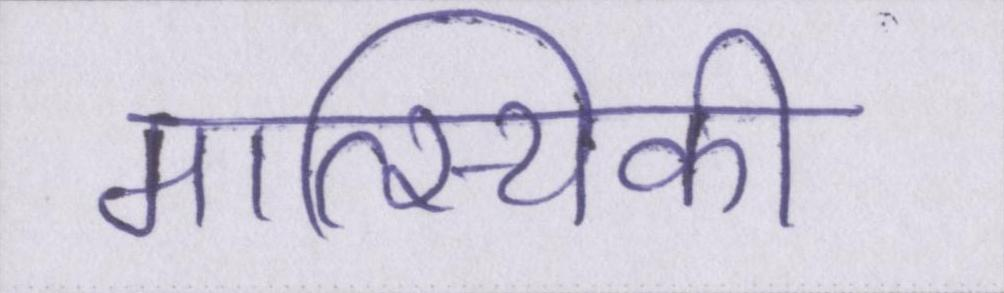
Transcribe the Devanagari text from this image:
मात्स्यिकी